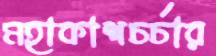
মহাকাশচর্চার